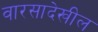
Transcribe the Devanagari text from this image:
वारसादेखील